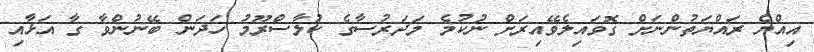
އިއްޔެ ރައްޔަތުންނަށް ގޮވައިލެވޭއިރަށް ނުކުމެ މަދަރުސާގެ ކުލާސްރޫމު ހަދަން ބޭނުންވާ ގާ އަޅާއި